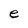
Character: e